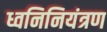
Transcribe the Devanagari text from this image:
ध्वनिनियंत्रण